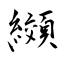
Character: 纐